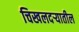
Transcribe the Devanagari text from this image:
चिखलदऱ्यातील